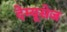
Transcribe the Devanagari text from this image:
देम्यूसेज